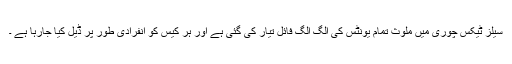
سیلز ٹیکس چوری میں ملوث تمام یونٹس کی الگ الگ فائل تیار کی گئی ہے اور ہر کیس کو انفرادی طور پر ڈیل کیا جارہا ہے ۔